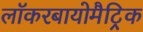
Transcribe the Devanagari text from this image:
लॉकरबायोमैट्रिक